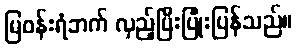
မြဝန်းရံဘက် လှည့်ပြီးပြုံးပြန်သည်။